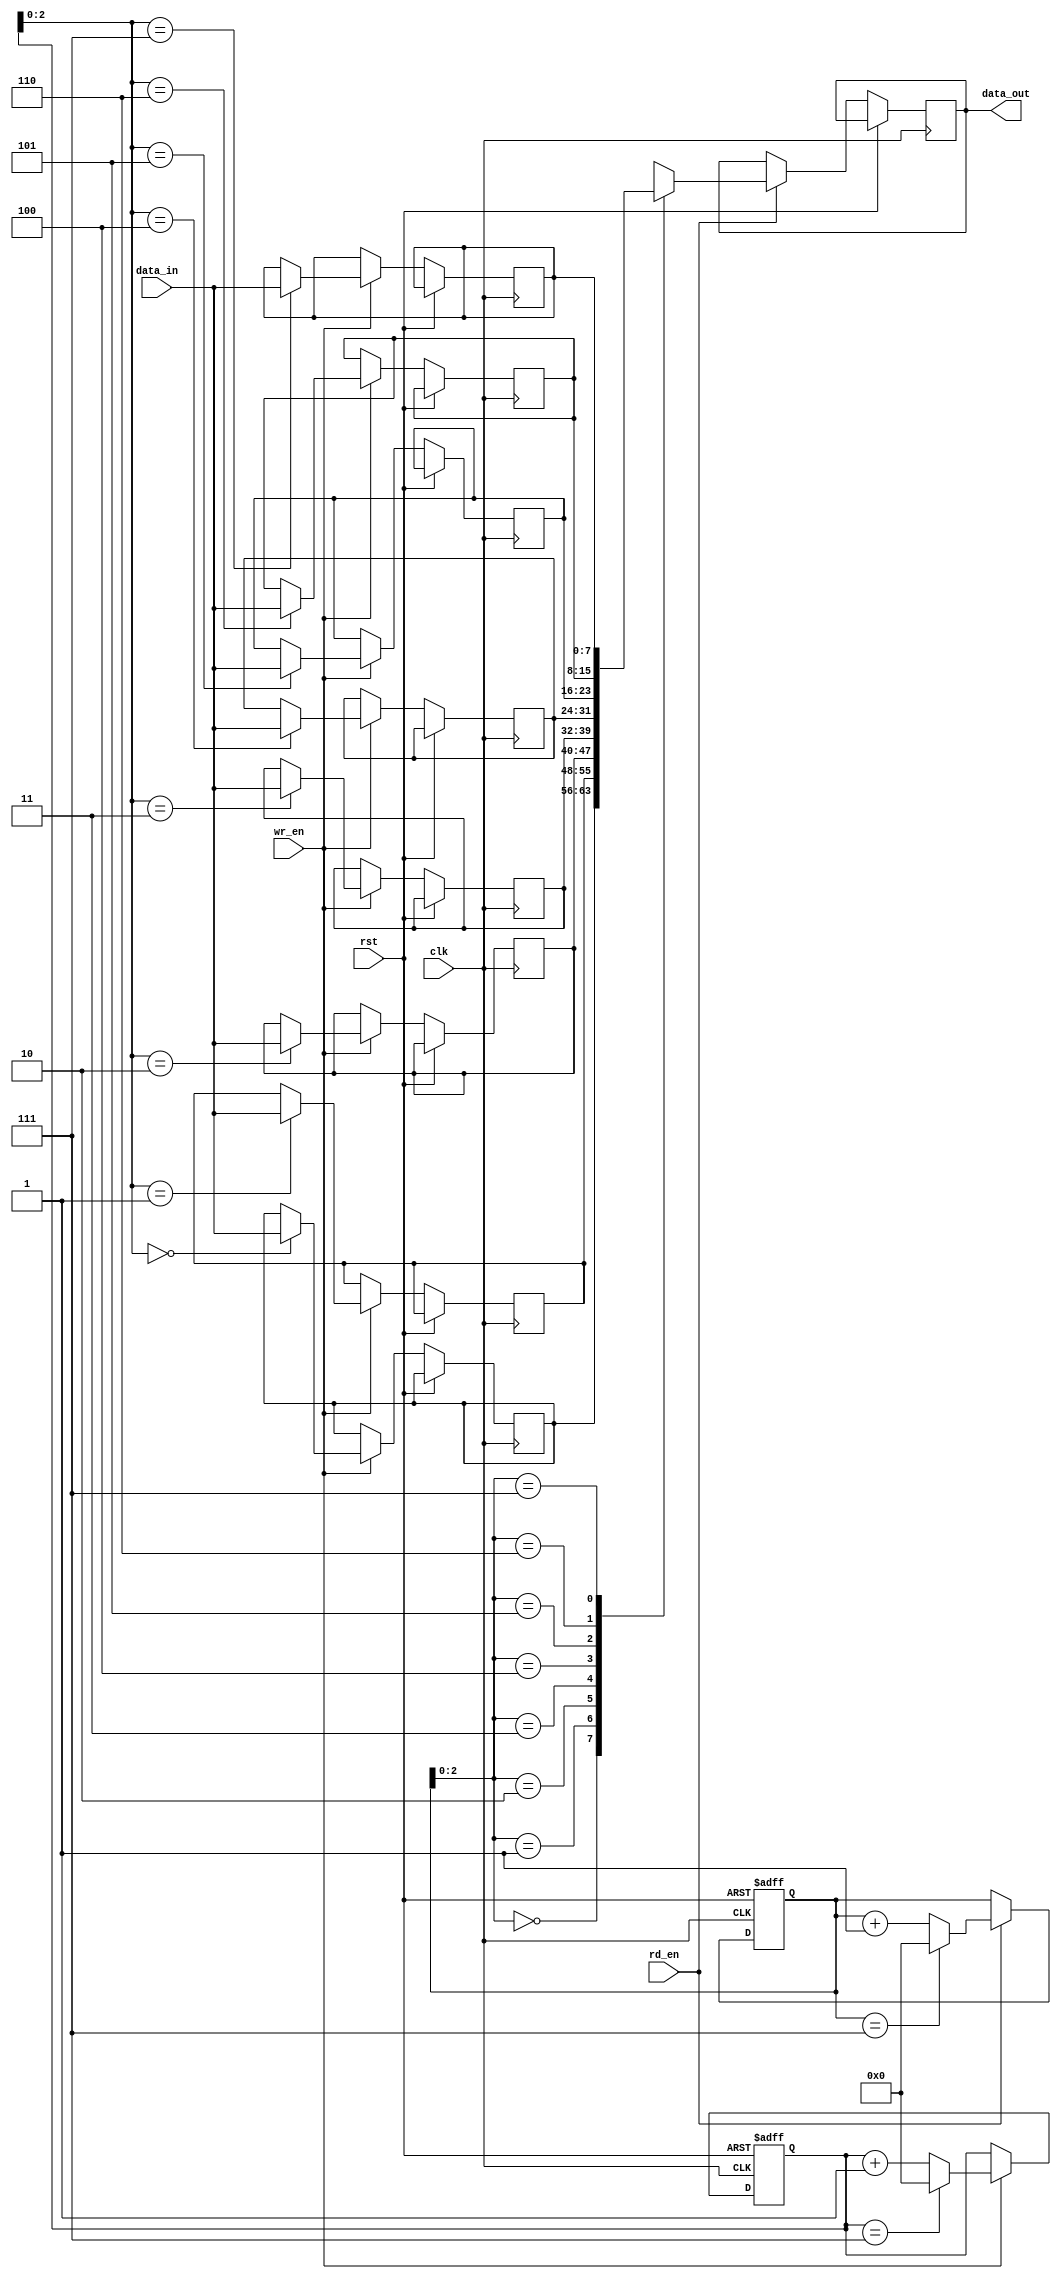
module fifo (
    input wire clk,
    input wire rst,
    input wire wr_en,
    input wire rd_en,
    input wire [7:0] data_in,
    output reg [7:0] data_out
);

parameter DEPTH = 8; // Depth of the buffer

reg [7:0] buffer [0:DEPTH-1];
reg [3:0] wr_ptr = 0;
reg [3:0] rd_ptr = 0;

always @(posedge clk or posedge rst) begin
    if (rst) begin
        wr_ptr <= 0;
        rd_ptr <= 0;
    end else begin
        if (wr_en) begin
            buffer[wr_ptr] <= data_in;
            wr_ptr <= (wr_ptr == DEPTH-1) ? 0 : (wr_ptr + 1);
        end
        if (rd_en) begin
            data_out <= buffer[rd_ptr];
            rd_ptr <= (rd_ptr == DEPTH-1) ? 0 : (rd_ptr + 1);
        end
    end
end

endmodule